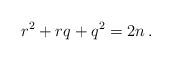
LaTeX: \begin{align*}r^2+rq+q^2=2n\,.\end{align*}